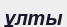
ұлты